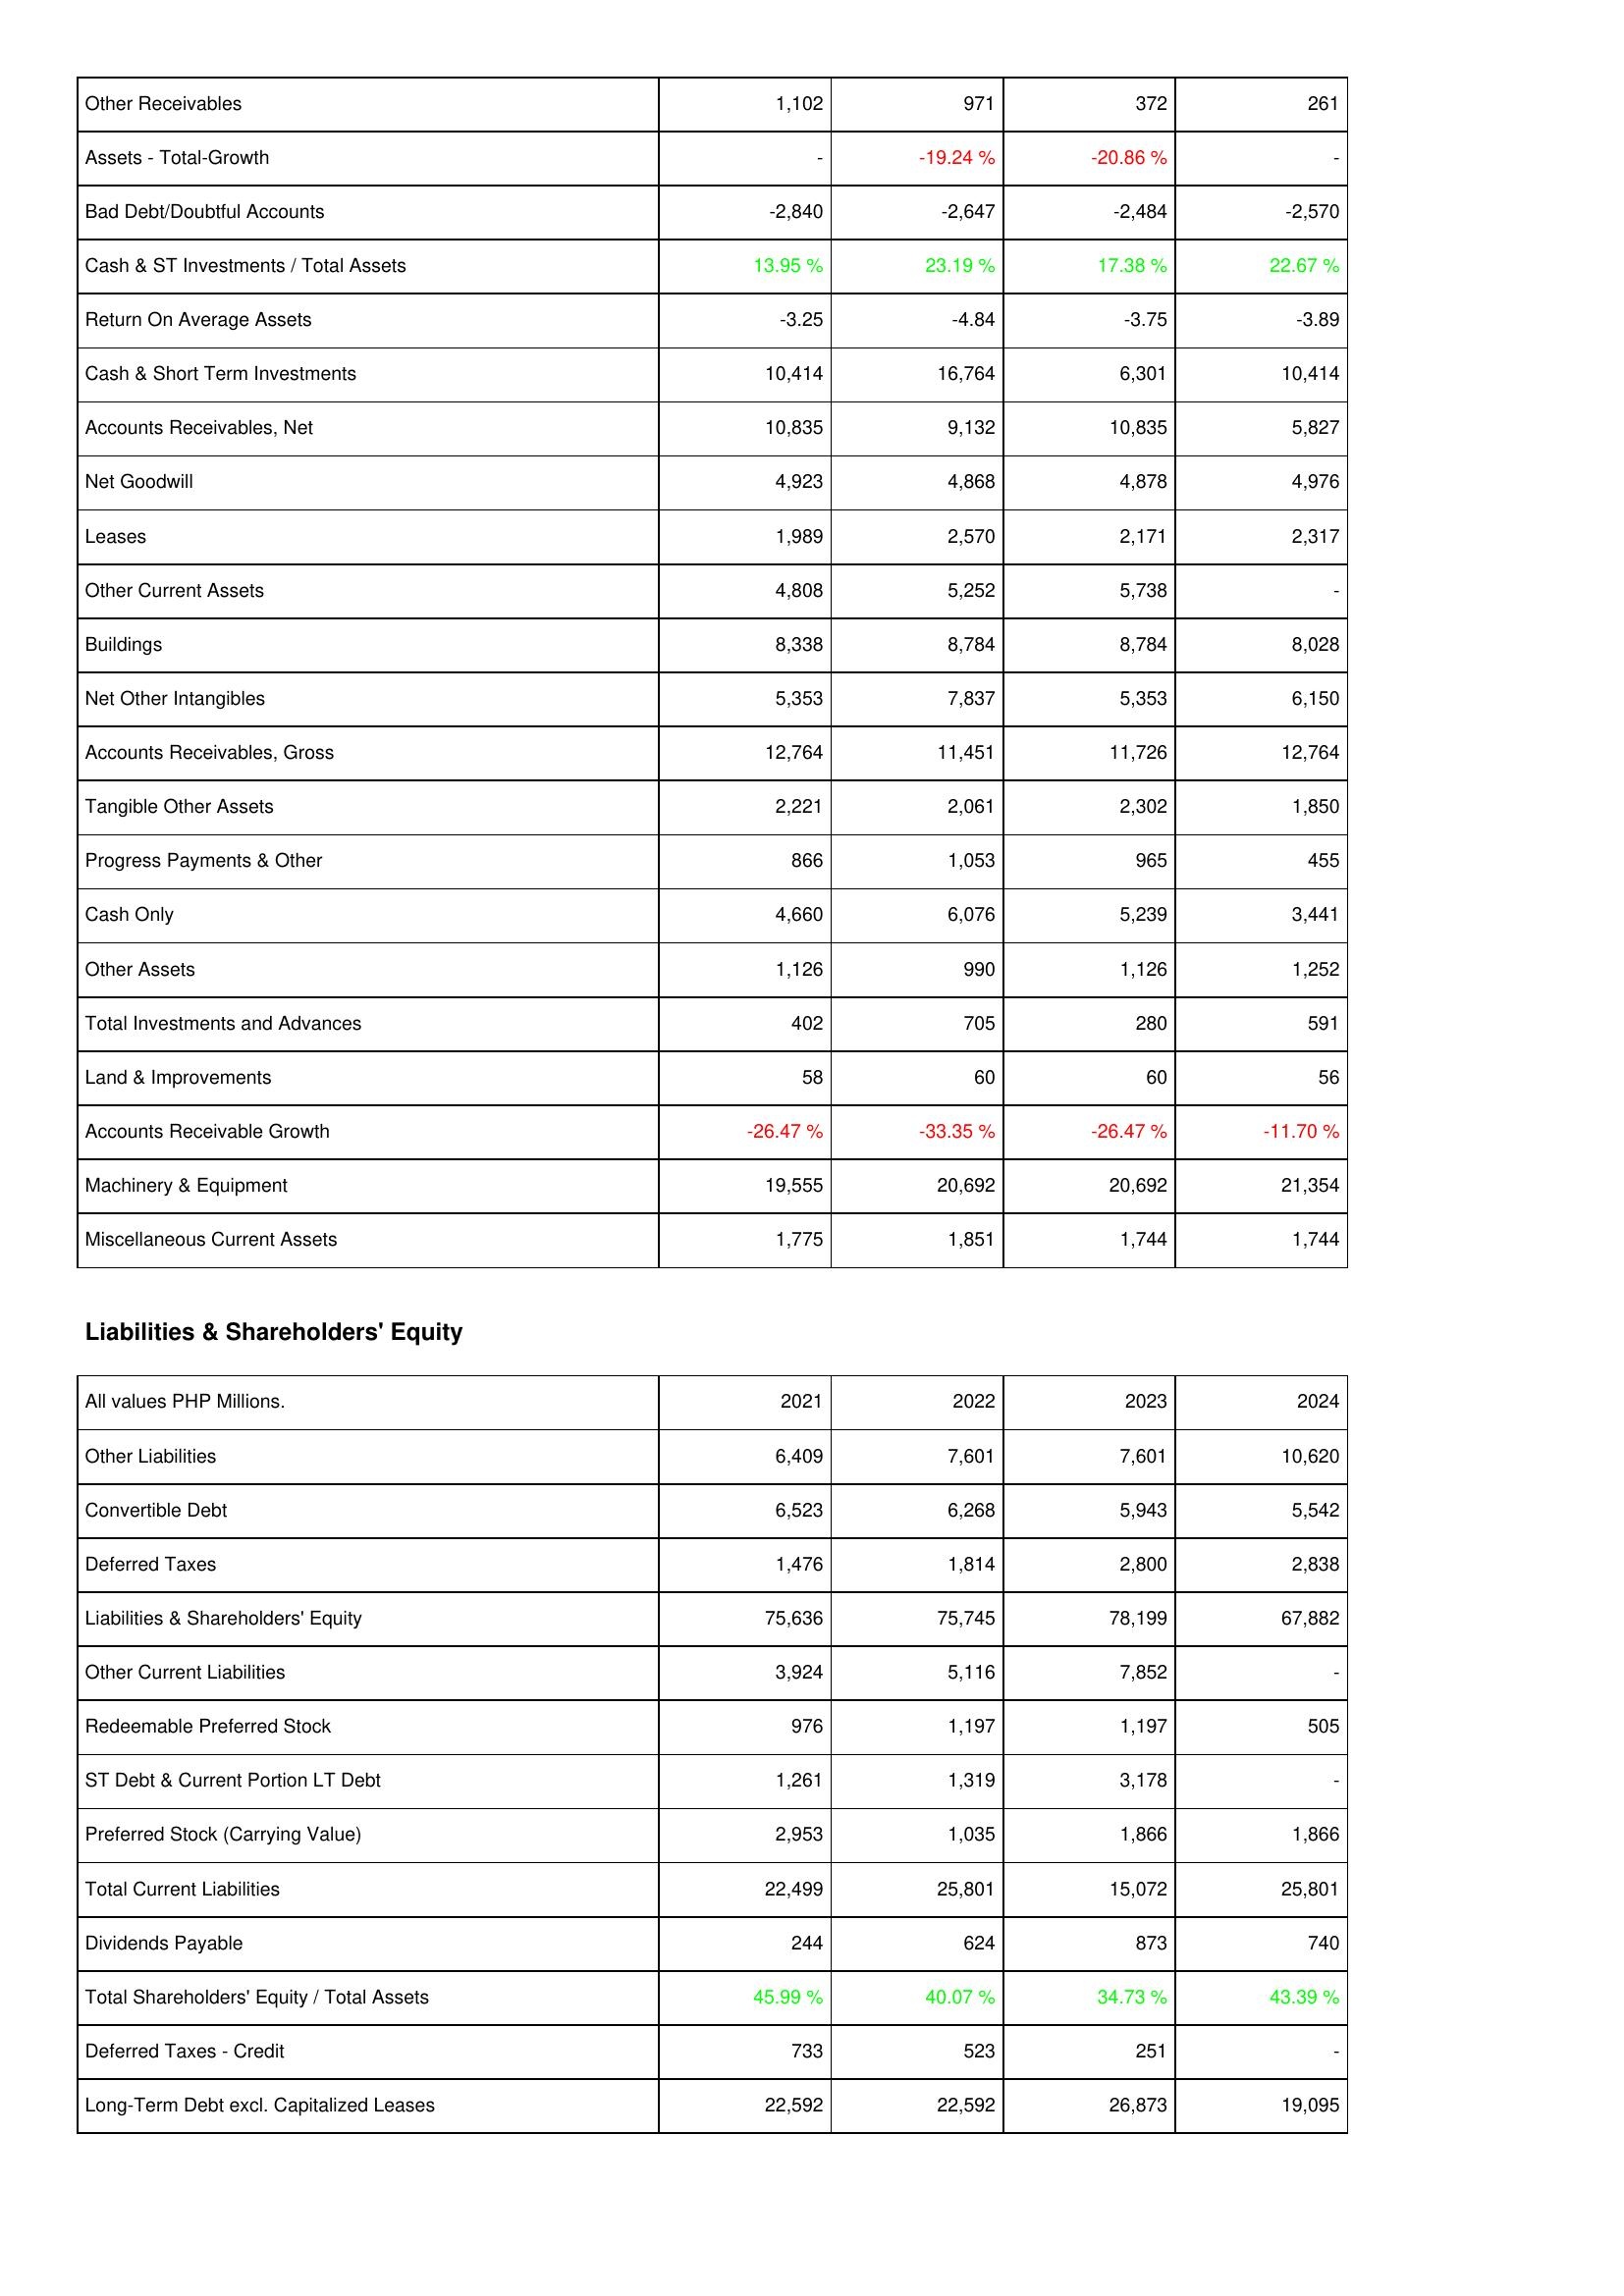
2021: Assets: Other Receivables: 1,102
Assets - Total-Growth: -
Bad Debt/Doubtful Accounts: -2,840
Cash & ST Investments / Total Assets: 13.95 %
Return On Average Assets: -3.25
Cash & Short Term Investments: 10,414
Accounts Receivables, Net: 10,835
Net Goodwill: 4,923
Leases: 1,989
Other Current Assets: 4,808
Buildings: 8,338
Net Other Intangibles: 5,353
Accounts Receivables, Gross: 12,764
Tangible Other Assets: 2,221
Progress Payments & Other: 866
Cash Only: 4,660
Other Assets: 1,126
Total Investments and Advances: 402
Land & Improvements: 58
Accounts Receivable Growth: -26.47 %
Machinery & Equipment: 19,555
Miscellaneous Current Assets: 1,775
Liabilities & Shareholders' Equity: Other Liabilities: 6,409
Convertible Debt: 6,523
Deferred Taxes: 1,476
Liabilities & Shareholders' Equity: 75,636
Other Current Liabilities: 3,924
Redeemable Preferred Stock: 976
ST Debt & Current Portion LT Debt: 1,261
Preferred Stock (Carrying Value): 2,953
Total Current Liabilities: 22,499
Dividends Payable: 244
Total Shareholders' Equity / Total Assets: 45.99 %
Deferred Taxes - Credit: 733
Long-Term Debt excl. Capitalized Leases: 22,592
2022: Assets: Other Receivables: 971
Assets - Total-Growth: -19.24 %
Bad Debt/Doubtful Accounts: -2,647
Cash & ST Investments / Total Assets: 23.19 %
Return On Average Assets: -4.84
Cash & Short Term Investments: 16,764
Accounts Receivables, Net: 9,132
Net Goodwill: 4,868
Leases: 2,570
Other Current Assets: 5,252
Buildings: 8,784
Net Other Intangibles: 7,837
Accounts Receivables, Gross: 11,451
Tangible Other Assets: 2,061
Progress Payments & Other: 1,053
Cash Only: 6,076
Other Assets: 990
Total Investments and Advances: 705
Land & Improvements: 60
Accounts Receivable Growth: -33.35 %
Machinery & Equipment: 20,692
Miscellaneous Current Assets: 1,851
Liabilities & Shareholders' Equity: Other Liabilities: 7,601
Convertible Debt: 6,268
Deferred Taxes: 1,814
Liabilities & Shareholders' Equity: 75,745
Other Current Liabilities: 5,116
Redeemable Preferred Stock: 1,197
ST Debt & Current Portion LT Debt: 1,319
Preferred Stock (Carrying Value): 1,035
Total Current Liabilities: 25,801
Dividends Payable: 624
Total Shareholders' Equity / Total Assets: 40.07 %
Deferred Taxes - Credit: 523
Long-Term Debt excl. Capitalized Leases: 22,592
2023: Assets: Other Receivables: 372
Assets - Total-Growth: -20.86 %
Bad Debt/Doubtful Accounts: -2,484
Cash & ST Investments / Total Assets: 17.38 %
Return On Average Assets: -3.75
Cash & Short Term Investments: 6,301
Accounts Receivables, Net: 10,835
Net Goodwill: 4,878
Leases: 2,171
Other Current Assets: 5,738
Buildings: 8,784
Net Other Intangibles: 5,353
Accounts Receivables, Gross: 11,726
Tangible Other Assets: 2,302
Progress Payments & Other: 965
Cash Only: 5,239
Other Assets: 1,126
Total Investments and Advances: 280
Land & Improvements: 60
Accounts Receivable Growth: -26.47 %
Machinery & Equipment: 20,692
Miscellaneous Current Assets: 1,744
Liabilities & Shareholders' Equity: Other Liabilities: 7,601
Convertible Debt: 5,943
Deferred Taxes: 2,800
Liabilities & Shareholders' Equity: 78,199
Other Current Liabilities: 7,852
Redeemable Preferred Stock: 1,197
ST Debt & Current Portion LT Debt: 3,178
Preferred Stock (Carrying Value): 1,866
Total Current Liabilities: 15,072
Dividends Payable: 873
Total Shareholders' Equity / Total Assets: 34.73 %
Deferred Taxes - Credit: 251
Long-Term Debt excl. Capitalized Leases: 26,873
2024: Assets: Other Receivables: 261
Assets - Total-Growth: -
Bad Debt/Doubtful Accounts: -2,570
Cash & ST Investments / Total Assets: 22.67 %
Return On Average Assets: -3.89
Cash & Short Term Investments: 10,414
Accounts Receivables, Net: 5,827
Net Goodwill: 4,976
Leases: 2,317
Other Current Assets: -
Buildings: 8,028
Net Other Intangibles: 6,150
Accounts Receivables, Gross: 12,764
Tangible Other Assets: 1,850
Progress Payments & Other: 455
Cash Only: 3,441
Other Assets: 1,252
Total Investments and Advances: 591
Land & Improvements: 56
Accounts Receivable Growth: -11.70 %
Machinery & Equipment: 21,354
Miscellaneous Current Assets: 1,744
Liabilities & Shareholders' Equity: Other Liabilities: 10,620
Convertible Debt: 5,542
Deferred Taxes: 2,838
Liabilities & Shareholders' Equity: 67,882
Other Current Liabilities: -
Redeemable Preferred Stock: 505
ST Debt & Current Portion LT Debt: -
Preferred Stock (Carrying Value): 1,866
Total Current Liabilities: 25,801
Dividends Payable: 740
Total Shareholders' Equity / Total Assets: 43.39 %
Deferred Taxes - Credit: -
Long-Term Debt excl. Capitalized Leases: 19,095